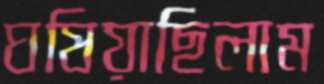
ঘষিয়াছিলাম